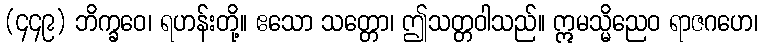
(၄၄၉) ဘိက္ခဝေ၊ ရဟန်းတို့။ ဧသော သတ္တော၊ ဤသတ္တဝါသည်။ ဣမသ္မိညေဝ ရာဇဂဟေ၊